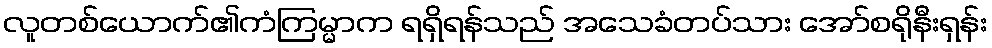
လူတစ်ယောက်၏ကံကြမ္မာက ရရှိရန်သည် အသေခံတပ်သား အော်စရိုနီးရှန်း